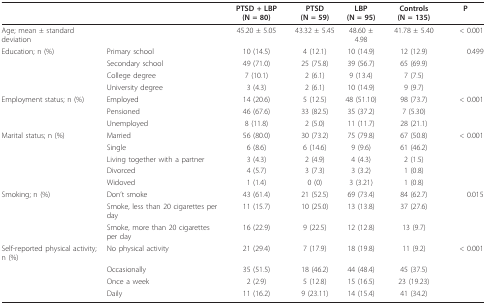
<table><thead><tr><td></td><td></td><td><b>PTSD + LBP (N = 80)</b></td><td><b>PTSD (N = 59)</b></td><td><b>LBP (N = 95)</b></td><td><b>Controls (N = 135)</b></td><td><b>P</b></td></tr></thead><tbody><tr><td>Age; mean ± standard deviation</td><td></td><td>45.20 ± 5.05</td><td>43.32 ± 5.45</td><td>48.60 ± 4.98</td><td>41.78 ± 5.40</td><td>&lt; 0.001</td></tr><tr><td>Education; n (%)</td><td>Primary school</td><td>10 (14.5)</td><td>4 (12.1)</td><td>10 (14.9)</td><td>12 (12.9)</td><td>0.499</td></tr><tr><td></td><td>Secondary school</td><td>49 (71.0)</td><td>25 (75.8)</td><td>39 (56.7)</td><td>65 (69.9)</td><td></td></tr><tr><td></td><td>College degree</td><td>7 (10.1)</td><td>2 (6.1)</td><td>9 (13.4)</td><td>7 (7.5)</td><td></td></tr><tr><td></td><td>University degree</td><td>3 (4.3)</td><td>2 (6.1)</td><td>10 (14.9)</td><td>9 (9.7)</td><td></td></tr><tr><td>Employment status; n (%)</td><td>Employed</td><td>14 (20.6)</td><td>5 (12.5)</td><td>48 (51.10)</td><td>98 (73.7)</td><td>&lt; 0.001</td></tr><tr><td></td><td>Pensioned</td><td>46 (67.6)</td><td>33 (82.5)</td><td>35 (37.2)</td><td>7 (5.30)</td><td></td></tr><tr><td></td><td>Unemployed</td><td>8 (11.8)</td><td>2 (5.0)</td><td>11 (11.7)</td><td>28 (21.1)</td><td></td></tr><tr><td>Marital status; n (%)</td><td>Married</td><td>56 (80.0)</td><td>30 (73.2)</td><td>75 (79.8)</td><td>67 (50.8)</td><td>&lt; 0.001</td></tr><tr><td></td><td>Single</td><td>6 (8.6)</td><td>6 (14.6)</td><td>9 (9.6)</td><td>61 (46.2)</td><td></td></tr><tr><td></td><td>Living together with a partner</td><td>3 (4.3)</td><td>2 (4.9)</td><td>4 (4.3)</td><td>2 (1.5)</td><td></td></tr><tr><td></td><td>Divorced</td><td>4 (5.7)</td><td>3 (7.3)</td><td>3 (3.2)</td><td>1 (0.8)</td><td></td></tr><tr><td></td><td>Widoved</td><td>1 (1.4)</td><td>0 (0)</td><td>3 (3.21)</td><td>1 (0.8)</td><td></td></tr><tr><td>Smoking; n (%)</td><td>Don&#x27;t smoke</td><td>43 (61.4)</td><td>21 (52.5)</td><td>69 (73.4)</td><td>84 (62.7)</td><td>0.015</td></tr><tr><td></td><td>Smoke, less than 20 cigarettes per day</td><td>11 (15.7)</td><td>10 (25.0)</td><td>13 (13.8)</td><td>37 (27.6)</td><td></td></tr><tr><td></td><td>Smoke, more than 20 cigarettes per day</td><td>16 (22.9)</td><td>9 (22.5)</td><td>12 (12.8)</td><td>13 (9.7)</td><td></td></tr><tr><td>Self-reported physical activity; n (%)</td><td>No physical activity</td><td>21 (29.4)</td><td>7 (17.9)</td><td>18 (19.8)</td><td>11 (9.2)</td><td>&lt; 0.001</td></tr><tr><td></td><td>Occasionally</td><td>35 (51.5)</td><td>18 (46.2)</td><td>44 (48.4)</td><td>45 (37.5)</td><td></td></tr><tr><td></td><td>Once a week</td><td>2 (2.9)</td><td>5 (12.8)</td><td>15 (16.5)</td><td>23 (19.23)</td><td></td></tr><tr><td></td><td>Daily</td><td>11 (16.2)</td><td>9 (23.11)</td><td>14 (15.4)</td><td>41 (34.2)</td><td></td></tr></tbody></table>